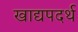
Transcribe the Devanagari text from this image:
खाद्यपदर्थ